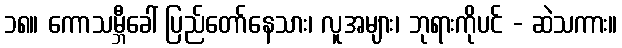
၁၈။ ကောသမ္ဘီခေါ် ပြည်တော်နေသား၊ လူအများ၊ ဘုရားကိုပင် - ဆဲသကား။